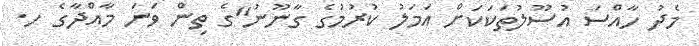
މެދު ހާއްސަ އުސޫލުތަކަކަށް އަމަލު ކުރުމުގެ ގާނޫނު"ގެ ތިން ވަނަ މާއްދާގެ ހ.